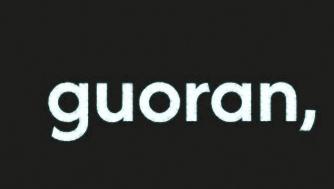
guoran,